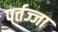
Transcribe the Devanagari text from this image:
पर्तज्जा